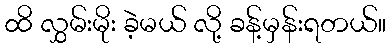
ထိ လွှမ်းမိုး ခဲ့မယ် လို့ ခန့်မှန်းရတယ်။